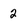
Character: 2